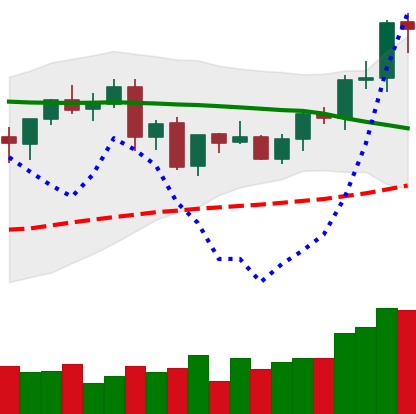
Ticker: EOS-USD
Chart end date: 2021-09-06
Forward return: -24.747%
Label: down_7plus